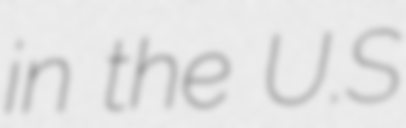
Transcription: in the U.S